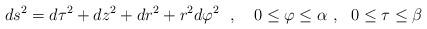
LaTeX: \begin{align*}ds^2=d\tau ^2+dz^2+dr^2+r^2d\varphi ^2~~,~~~0\leq\varphi \leq\alpha~,~~0\leq\tau\leq\beta~~~\end{align*}